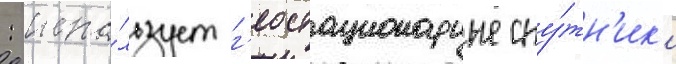
: испо́льзует г'еостационарные спу́тн'ик'и